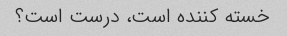
خسته کننده است، درست است؟